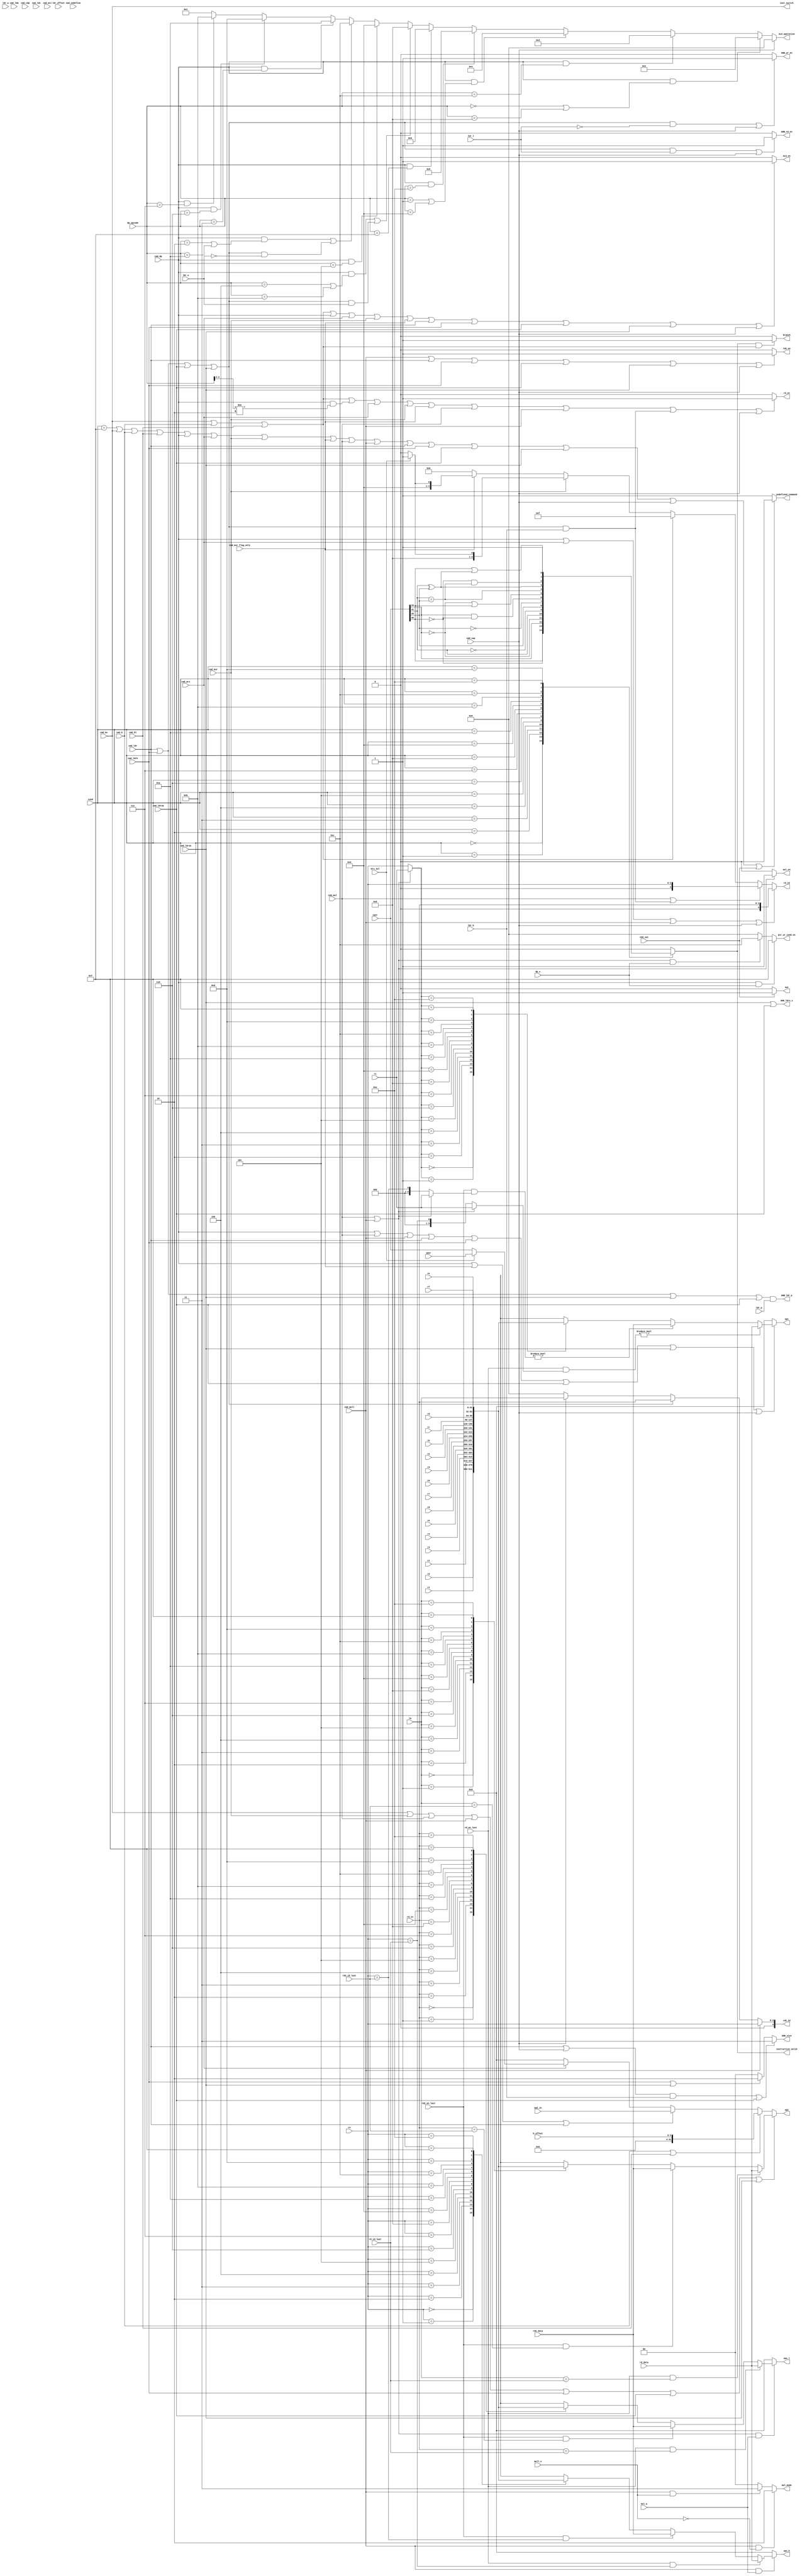
module decoder_arm_std(
    //  arm
    cond,
    cmd_bx,
    cmd_b,
    cmd_bl,
    cmd_dp,
    cmd_mrs,
    cmd_msr,
    cmd_msr_flag_only,
    cmd_mul,
    cmd_mull,
    cmd_ldr,
    cmd_ldrh,
    cmd_ldrsb,
    cmd_ldrsh,
    cmd_ldm,
    cmd_swp,
    cmd_swi,
    cmd_cdp,
    cmd_ldc,
    cmd_mrc,
    cmd_undefine,

    rd_in, rn, rm, rs,

    b_offset,
    dp_opcode,
    dp_s,
    mrs_sel,
    mul_a,
    mull_u,
    ldr_offset,
    ldr_p,
    ldr_u,
    ldr_b,
    ldr_w,
    ldr_l, 

    // op2_shifter
    op2_in,

    // 
    r0, r1, r2, r3,
    r4, r5, r6, r7,
    r8, r9, ra, rb,
    rc, rd, re, rf,
    cpsr, spsr,
    rd_data, rd2_data, 
    rd_en_last, rd2_en_last, 
    rd_id_last, rd2_id_last,


    // 
    instruction_valid,
    ALU_en, ALU_operation,
    mul_en, mul_mode,
    rd_en, rd_id, 
    rd2_en, rd2_id,
    psr_wr_cond_en,
    op1, op2, ops_l, ops_h,
    iset_switch, 
    AHB_wr_en, AHB_rd_en, AHB_size,
    AHB_ldr_p, AHB_ldrs_s,
    swi, undefined_command,
    branch

);

// 
input   [ 3: 0] cond;

input           cmd_bx;
input           cmd_b;
input           cmd_bl;
input           cmd_dp;
input           cmd_mrs;
input           cmd_msr;
input           cmd_msr_flag_only;
input           cmd_mul;
input           cmd_mull;
input           cmd_ldr;
input           cmd_ldrh;
input           cmd_ldrsb;
input           cmd_ldrsh;
input           cmd_ldm;
input           cmd_swp;
input           cmd_swi;
input           cmd_cdp;
input           cmd_ldc;
input           cmd_mrc;
input           cmd_undefine;

input   [ 3: 0] rd_in, rn, rm, rs;

input   [ 3: 0] b_offset;
input   [ 3: 0] dp_opcode;
input           dp_s;
input           mrs_sel;
input           mul_a;
input           mull_u;
input   [11: 0] ldr_offset;
input           ldr_p;
input           ldr_u;
input           ldr_b;
input           ldr_w;
input           ldr_l;

// op2_shifter
input   [31: 0]  op2_in;

// 
input   [31: 0] r0, r1, r2, r3, r4, r5, r6, r7, r8, r9, ra, rb, rc, rd, re, rf, cpsr, spsr, rd_data, rd2_data;
input           rd_en_last, rd2_en_last;
input   [ 4: 0] rd_id_last, rd2_id_last;
// 
output reg              instruction_valid;
output reg              ALU_en, mul_en;
output reg   [ 3: 0]    ALU_operation;
output reg   [ 1: 0]    mul_mode;
output reg              rd_en, rd2_en;
output reg   [ 4: 0]    rd_id, rd2_id;
output reg   [ 3: 0]    psr_wr_cond_en;
output reg   [31: 0]    op1, op2, ops_l, ops_h;
output                  iset_switch;
output reg              AHB_wr_en, AHB_rd_en;
output reg   [ 1: 0]    AHB_size;
output                  AHB_ldr_p, AHB_ldrs_s;
output reg              swi, undefined_command;
output reg              branch;

// ALU_operation
parameter   OP1 = 4'h0;
parameter   OP2 = 4'h1;
parameter   AND = 4'h2;
parameter   ORR = 4'h3;
parameter   EOR = 4'h4;
parameter   BIC = 4'h5;
parameter   MVN = 4'h6;
parameter   ADD = 4'h8;
parameter   ADC = 4'h9;
parameter   SUB = 4'hc;
parameter   RSB = 4'ha;
parameter   SBC = 4'hd;
parameter   RSC = 4'hb;

parameter   SU  = 2'b00;   // short unsigned 
parameter   LU  = 2'b10;
parameter   LS  = 2'b11;   // long signed

// rd_id
parameter   RD_CPSR     = 5'h10;
parameter   RD_SPSR     = 5'h11;
parameter   RD_CPSR_FO  = 5'h12;  // flag only
parameter   RD_SPSR_FO  = 5'h13;  // flag only
//parameter   RD_AHB_ADDR = 5'h18;


// CPSR condition flag
wire    N = cpsr[31];
wire    Z = cpsr[30];
wire    C = cpsr[29];
wire    V = cpsr[28];


//  ********************************************************************************************

// ALU_en
always @* begin
if ( cmd_bx | cmd_b | cmd_bl | cmd_dp | cmd_mrs | cmd_msr | cmd_msr_flag_only | 
    cmd_ldr | cmd_ldrh | cmd_ldrsb | cmd_ldrsh | cmd_swp ) 
    ALU_en = 1'b1;
else
    ALU_en = 1'b0;
end

// mul_en
always @* begin
if ( cmd_mul | cmd_mull ) 
    mul_en = 1'b1;
else
    mul_en = 1'b0;
end

// ALU_operation
always @* begin
if ( cmd_swp ) 
    ALU_operation = OP1;
else if ( (cmd_dp&(dp_opcode==4'h0|dp_opcode==4'h8)) )
    ALU_operation = AND;
else if ( (cmd_dp&(dp_opcode==4'hc)) )
    ALU_operation = ORR;
else if ( (cmd_dp&(dp_opcode==4'h1|dp_opcode==4'h9)) )
    ALU_operation = EOR;
else if ( (cmd_dp&(dp_opcode==4'he)) )
    ALU_operation = BIC;
else if ( (cmd_dp&(dp_opcode==4'hf)) )
    ALU_operation = MVN;
else if ( (cmd_dp&(dp_opcode==4'h4|dp_opcode==4'hb)) | ((cmd_ldr|cmd_ldrh|cmd_ldrsb|cmd_ldrsh)&ldr_u) )
    ALU_operation = ADD;
else if ( (cmd_dp&(dp_opcode==4'h5)) )
    ALU_operation = ADC;
else if ( (cmd_dp&(dp_opcode==4'h2|dp_opcode==4'ha)) | ((cmd_ldr|cmd_ldrh|cmd_ldrsb|cmd_ldrsh)&(~ldr_u)) )
    ALU_operation = SUB;
else if ( (cmd_dp&(dp_opcode==4'h3)) )
    ALU_operation = RSB;
else if ( (cmd_dp&(dp_opcode==4'h6)) )
    ALU_operation = SBC;
else if ( (cmd_dp&(dp_opcode==4'h7)) )
    ALU_operation = RSC;
else
    ALU_operation = OP2;
end

// mul_mode
always @* begin
if ( cmd_mull & (~mull_u) )
    mul_mode = LU;
else if ( cmd_mull & mull_u )
    mul_mode = LS;
else // if ( cmd_mul )
    mul_mode = SU;
end


// rd_en & rd_id
always @* begin
if ( cmd_bx | cmd_b | cmd_bl | ( cmd_dp & ( dp_opcode[3:2] != 2'b10 ) ) | cmd_mrs | cmd_msr | cmd_msr_flag_only | cmd_mul | cmd_mull | 
    ((cmd_ldr | cmd_ldrh | cmd_ldrsb | cmd_ldrsh)&ldr_b) | cmd_swp )
    rd_en = 1'b1;
else 
    rd_en = 1'b0;
end
always @* begin
if ( cmd_dp | cmd_mrs | cmd_mull | cmd_swp )
    rd_id = { 1'b0, rd_in };
else if ( cmd_mul | ((cmd_ldr | cmd_ldrh | cmd_ldrsb | cmd_ldrsh)&ldr_b) )
    rd_id = { 1'b0, rn }; 
else if ( cmd_bx | cmd_b | cmd_bl )
    rd_id = 5'h0f;
else if ( cmd_msr )
    rd_id = mrs_sel ? RD_SPSR : RD_CPSR;
else if ( cmd_msr_flag_only )
    rd_id = mrs_sel ? RD_SPSR_FO : RD_CPSR_FO;
else
    rd_id = 5'h0;
end


// rd2_en & rd2_id
always @* begin
if ( cmd_mull | cmd_ldr | cmd_ldrh | cmd_ldrsb | cmd_ldrsh | cmd_swp )
    rd2_en = 1'b1;
else 
    rd2_en = 1'b0;
end
always @* begin
if ( cmd_mull )
    rd2_id = { 1'b0, rn };
else if ( cmd_ldr | cmd_ldrh | cmd_ldrsb | cmd_ldrsh )
    rd2_id = { 1'b0, rd_in };
else if ( cmd_swp )
    rd2_id = { 1'b0, rm };
else
    rd2_id = 5'h0;
end


// psr_wr_cond_en
always @* begin
if ( cmd_dp & dp_s )
    psr_wr_cond_en = 4'b1111;
else if ( (cmd_mul|cmd_mull) & dp_s )
    psr_wr_cond_en = 4'b1100;
else 
    psr_wr_cond_en = 4'b0000;
end


// op1
always @* begin
if ( cmd_dp | cmd_mul | cmd_mull | cmd_ldr | cmd_ldrh | cmd_ldrsb | cmd_ldrsh | cmd_swp )
    if ( rd_en_last & ( (cmd_mull|cmd_mul)?rs:rn == rd_id_last ) )
        op1 = rd_data;
    else if ( rd2_en_last & ( (cmd_mull|cmd_mul)?rs:rn == rd2_id_last ) )
        op1 = rd2_data;
    else begin
    case ((cmd_mull|cmd_mul)?rs:rn)
    4'h0: op1 = r0;
    4'h1: op1 = r1;
    4'h2: op1 = r2;
    4'h3: op1 = r3;
    4'h4: op1 = r4;
    4'h5: op1 = r5;
    4'h6: op1 = r6;
    4'h7: op1 = r7;
    4'h8: op1 = r8;
    4'h9: op1 = r9;
    4'ha: op1 = ra;
    4'hb: op1 = rb;
    4'hc: op1 = rc;
    4'hd: op1 = rd;
    4'he: op1 = re;
    4'hf: op1 = rf;
    default: op1 = 32'h0;
    endcase
    end
else 
    op1 = 32'h0;
end


// op2
always @* begin
if ( cmd_bx | cmd_msr | cmd_mul | cmd_mull | cmd_ldrh | cmd_ldrsb | cmd_ldrsh )
    if ( rd_en_last & ( rm == rd_id_last ) )
        op2 = rd_data;
    else if ( rd2_en_last & ( rm == rd2_id_last ) )
        op2 = rd2_data;
    else begin
    case (rm)
    4'h0: op2 = r0;
    4'h1: op2 = r1;
    4'h2: op2 = r2;
    4'h3: op2 = r3;
    4'h4: op2 = r4;
    4'h5: op2 = r5;
    4'h6: op2 = r6;
    4'h7: op2 = r7;
    4'h8: op2 = r8;
    4'h9: op2 = r9;
    4'ha: op2 = ra;
    4'hb: op2 = rb;
    4'hc: op2 = rc;
    4'hd: op2 = rd;
    4'he: op2 = re;
    4'hf: op2 = rf;
    default: op2 = 32'h0;
    endcase
    end
else if ( cmd_b | cmd_bl )
    op2 = { 8'h00, b_offset };
else if ( cmd_dp | cmd_msr_flag_only | cmd_ldr )
    op2 = op2_in;
else if ( cmd_mrs )
    op2 = mrs_sel ? spsr : cpsr;
else 
    op2 = 32'h0;
end


// ops
always @* begin
if ( (cmd_mul|cmd_mull) & mul_a )
    if ( rd_en_last & ( rd_in == rd_id_last ) )
        ops_l = rd_data;
    else if ( rd2_en_last & ( rd_in == rd2_id_last ) )
        ops_l = rd2_data;
    else begin
    case (rd_in)
    4'h0: ops_l = r0;
    4'h1: ops_l = r1;
    4'h2: ops_l = r2;
    4'h3: ops_l = r3;
    4'h4: ops_l = r4;
    4'h5: ops_l = r5;
    4'h6: ops_l = r6;
    4'h7: ops_l = r7;
    4'h8: ops_l = r8;
    4'h9: ops_l = r9;
    4'ha: ops_l = ra;
    4'hb: ops_l = rb;
    4'hc: ops_l = rc;
    4'hd: ops_l = rd;
    4'he: ops_l = re;
    4'hf: ops_l = rf;
    default: ops_l = 32'h0;
    endcase
    end
else 
    ops_l = 32'h0;
end
always @* begin
if ( cmd_mull & mul_a )
    if ( rd_en_last & ( rn == rd_id_last ) )
        ops_h = rd_data;
    else if ( rd2_en_last & ( rn == rd2_id_last ) )
        ops_h = rd2_data;
    else begin
    case (rn)
    4'h0: ops_h = r0;
    4'h1: ops_h = r1;
    4'h2: ops_h = r2;
    4'h3: ops_h = r3;
    4'h4: ops_h = r4;
    4'h5: ops_h = r5;
    4'h6: ops_h = r6;
    4'h7: ops_h = r7;
    4'h8: ops_h = r8;
    4'h9: ops_h = r9;
    4'ha: ops_h = ra;
    4'hb: ops_h = rb;
    4'hc: ops_h = rc;
    4'hd: ops_h = rd;
    4'he: ops_h = re;
    4'hf: ops_h = rf;
    default: ops_h = 32'h0;
    endcase
    end
else 
    ops_h = 32'h0;
end

assign  iset_switch = cmd_bx;

// AHB
always @* begin
if ( ((cmd_ldr|cmd_ldrh|cmd_ldrsb|cmd_ldrsh)&(~ldr_l)) | cmd_swp )
    AHB_wr_en = 1'b1;
else 
    AHB_wr_en = 1'b0;
end
always @* begin
if ( ((cmd_ldr|cmd_ldrh|cmd_ldrsb|cmd_ldrsh)&ldr_l) | cmd_swp )
    AHB_rd_en = 1'b1;
else 
    AHB_rd_en = 1'b0;
end
always @* begin
if ( ((cmd_ldr|cmd_swp)&ldr_b) | cmd_ldrsb  )
    AHB_size = 2'b11;
else if ( cmd_ldrh | cmd_ldrsh )
    AHB_size = 2'b10;
else
    AHB_size = 2'b00;
end
assign AHB_ldr_p    = ( cmd_ldr | cmd_ldrh | cmd_ldrsh | cmd_ldrsb ) & ldr_p;
assign AHB_ldrs_s   = cmd_ldrsh | cmd_ldrsb;

// interrupt
always @* begin
if ( cmd_swi )
    swi = 1'b1;
else 
    swi = 1'b0;
end
always @* begin
if ( ( cond == 4'hf ) | cmd_bx | cmd_b | cmd_bl | cmd_dp | cmd_mrs | cmd_msr | cmd_msr_flag_only | cmd_mul | cmd_mull | cmd_ldr | cmd_ldrh | cmd_ldrsb | cmd_ldrsh | cmd_swp | cmd_swi )
    undefined_command = 1'b0;
else 
    undefined_command = 1'b1;
end

// branch (  )
always @* begin
if ( instruction_valid & ( cmd_bx | cmd_b | cmd_bl ) ) begin
    branch = 1'b1;
end else begin
    branch = 1'b0;
end
end

// conditions & instruction_valid
always @* begin
case ( cond )
4'h0: instruction_valid = Z;
4'h1: instruction_valid = ~Z;
4'h2: instruction_valid = C;
4'h3: instruction_valid = ~C;
4'h4: instruction_valid = N;
4'h5: instruction_valid = ~N;
4'h6: instruction_valid = V;
4'h7: instruction_valid = ~V;
4'h8: instruction_valid = C & (~Z);
4'h9: instruction_valid = (~C) | Z;
4'ha: instruction_valid = N == V;
4'hb: instruction_valid = N ^ V;
4'hc: instruction_valid = (~Z) & ( N == V );
4'hd: instruction_valid = Z | ( N ^ V );
4'he: instruction_valid = 1'b1;
default: instruction_valid = 1'b0;
endcase
end


endmodule